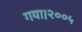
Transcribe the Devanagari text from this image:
गया।२००५